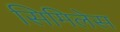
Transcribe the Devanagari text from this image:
सिमिलेस